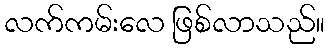
လက်ကမ်းလေ ဖြစ်လာသည်။